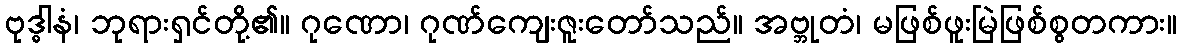
ဗုဒ္ဓါနံ၊ ဘုရားရှင်တို့၏။ ဂုဏော၊ ဂုဏ်ကျေးဇူးတော်သည်။ အဗ္ဘုတံ၊ မဖြစ်ဖူးမြဲဖြစ်စွတကား။